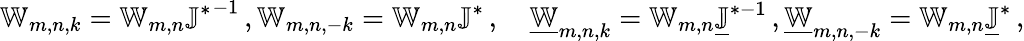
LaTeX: \mathbb{W}_{m,n,k}=\mathbb{W}_{m,n}{\mathbb{J}^{*}}^{-1}\, ,\mathbb{W}_{m,n,-k}=\mathbb{W}_{m,n}\mathbb{J}^{*}\, ,\quad\underline{{\mathbb{W}}}_{m,n,k}=\mathbb{W}_{m,n}\underline{{\mathbb{J}}}^{*-1}\, ,\underline{{\mathbb{W}}}_{m,n,-k}=\mathbb{W}_{m,n}\underline{{\mathbb{J}}}^{*}\, ,